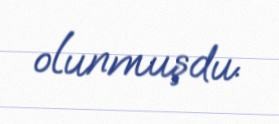
olunmuşdu.